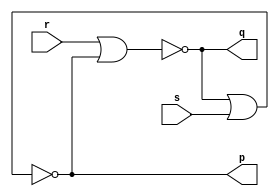
module S_Rlatch (s,r,q,p);
 input s,r;
 output q,p;  
 
 nor(q,r,p);
 nor(p,q,s);


endmodule